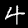
Label: 4